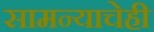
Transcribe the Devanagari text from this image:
सामन्याचेही